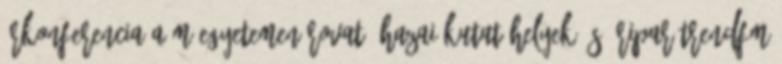
űrkonferencia a Műegyetemen Rovat: Hazai kutatóhelyek és űripar TrendFM